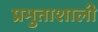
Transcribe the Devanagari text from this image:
प्रभुताशाली